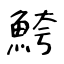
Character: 鮬